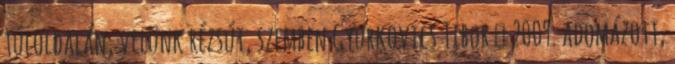
túloldalán, velünk rézsút, szemben Gyurkovics Tibor ┼ 2009. adomázott,